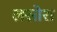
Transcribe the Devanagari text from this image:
लसोरा